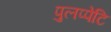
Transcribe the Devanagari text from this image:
पुलप्पेटि